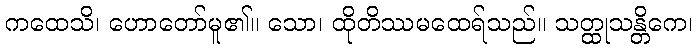
ကထေသိ၊ ဟောတော်မူ၏။ သော၊ ထိုတိဿမထေရ်သည်။ သတ္ထုသန္တိကေ၊